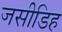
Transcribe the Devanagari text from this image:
जसीडिह